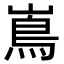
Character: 嶌